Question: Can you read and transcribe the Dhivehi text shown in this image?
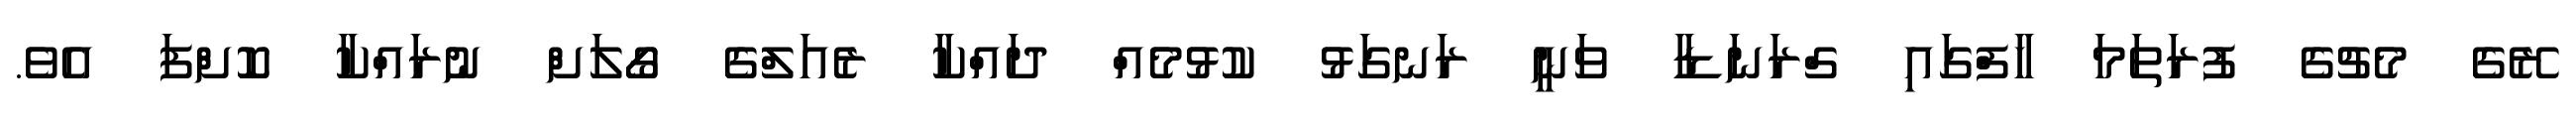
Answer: ރޭގެ މެޗުގެ ފުރަތަމަ ހާފްގައި ގްރަނަޑާ ވަނީ ރަނގަޅު ކުޅުމެއް ދައްކާ ރެއަލްގެ ގޯލަށް ނުރައްކާ ކޮށްފަ އެވެ.